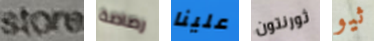
store رصاصة علينا ثورنتون ثيو